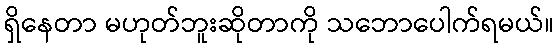
ရှိနေတာ မဟုတ်ဘူးဆိုတာကို သဘောပေါက်ရမယ်။